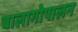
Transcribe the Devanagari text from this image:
बालागोपालन